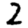
Digit: 2